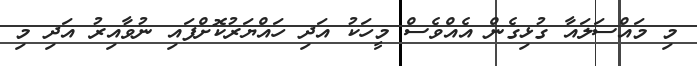
މި މައްސަލައާ ގުޅިގެން އެއްވެސް މީހަކު އަދި ހައްޔަރުކޮށްފައި ނުވާއިރު އަދި މި